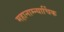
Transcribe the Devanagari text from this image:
महानाम्न्यार्चिक